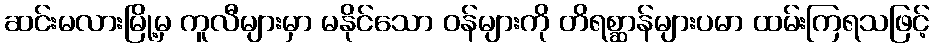
ဆင်းမလားမြို့မှ ကူလီများမှာ မနိုင်သော ဝန်များကို တိရစ္ဆာန်များပမာ ထမ်းကြရသဖြင့်